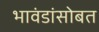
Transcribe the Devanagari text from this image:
भावंडांसोबत